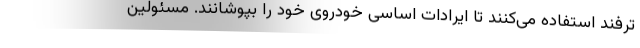
ترفند استفاده می‌کنند تا ایرادات اساسی خودروی خود را بپوشانند. مسئولین